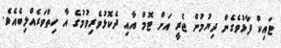
ޓައިކް ފާޅުވެގެން ދިޔުމުން ޖެރީ އަށް ޓޮމް އާއި ދެކޮޅުވެރިވުމުގެ އާ ހިތްވަރެއްލިބެއެވެ.